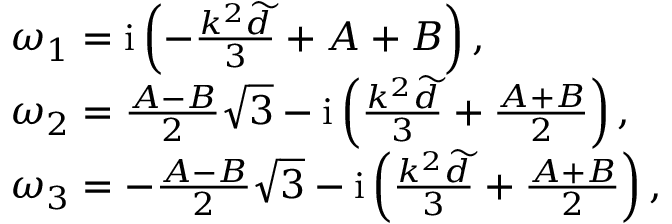
\begin{array} { r l } & { \omega _ { 1 } = \mathrm { i } \left( - \frac { k ^ { 2 } \widetilde { d } } { 3 } + A + B \right) , } \\ & { \omega _ { 2 } = \frac { A - B } { 2 } \sqrt { 3 } - \mathrm { i } \left( \frac { k ^ { 2 } \widetilde { d } } { 3 } + \frac { A + B } { 2 } \right) , } \\ & { \omega _ { 3 } = - \frac { A - B } { 2 } \sqrt { 3 } - \mathrm { i } \left( \frac { k ^ { 2 } \widetilde { d } } { 3 } + \frac { A + B } { 2 } \right) , } \end{array}